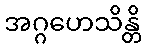
အဂ္ဂဟေသိန္တိ